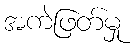
အကဲဖြတ်မှု